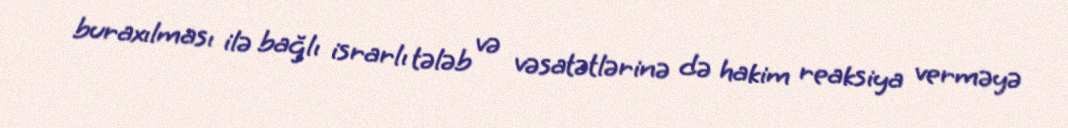
buraxılması ilə bağlı israrlı tələb və vəsatətlərinə də hakim reaksiya verməyə